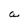
Character: a